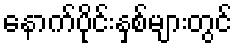
နောက်ပိုင်းနှစ်များတွင်